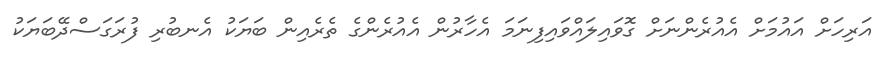
އަރިހަށް އައުމަށް އެއުރެންނަށް ގޮވައިލައްވައިފިނަމަ އެހާރުން އެއުރެންގެ ތެރެއިން ބަޔަކު އެނބުރި ފުރަގަސްދޭބަޔަކު